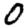
Digit: 0